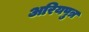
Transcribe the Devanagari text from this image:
अरियपुत्र